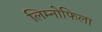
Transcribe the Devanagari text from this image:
लिम्नोफिला